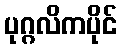
ပုဂ္ဂလိကပိုင်